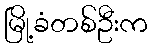
မြို့ခံတစ်ဦးက